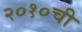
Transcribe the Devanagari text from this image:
२०१०ची